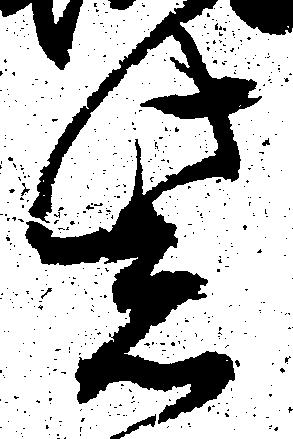
紫